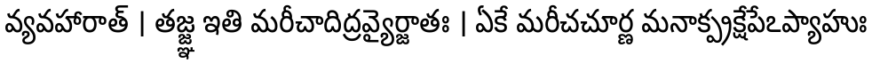
వ్యవహారాత్ । తజ్జ్ఞ ఇతి మరీచాదిద్రవ్యైర్జాతః । ఏకే మరీచచూర్ణ మనాక్ప్రక్షేపేఽప్యాహుః